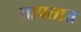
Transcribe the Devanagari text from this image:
तापतात